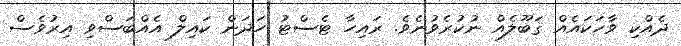
ދެއްކި ވާހަކައެއް ޤަބޫލެއް ނުކުރެވުނެވެ. ރައިހާ ޓެސްޓު ހަދަން ކައިލް އެއްބަސްވި އިރުވެސް